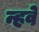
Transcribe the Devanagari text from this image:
न्हवे